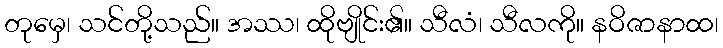
တုမှေ၊ သင်တို့သည်။ အဿ၊ ထိုဗျိုင်း၏။ သီလံ၊ သီလကို။ နဝိဇာနာထ၊